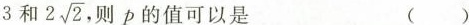
3 和 2\sqrt{2}, 则p的值可以是 ( )